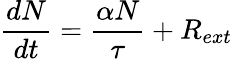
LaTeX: {\frac{dN}{dt}}={\frac{\alpha N}{\tau}}+R_{ext}